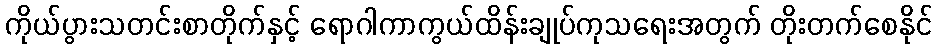
ကိုယ်ပွားသတင်းစာတိုက်နှင့် ရောဂါကာကွယ်ထိန်းချုပ်ကုသရေးအတွက် တိုးတက်စေနိုင်